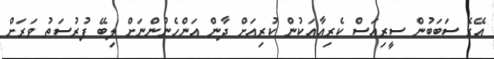
އޭގެ ސަބަބުން ސީރިއަސް ކެރިއާއަކުން ކުރިއަށް ދާން އަންހެނުންނަށް ލިބޭ ފުރުސަތު ވަރަށް